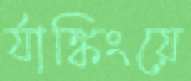
র‍্যাঙ্কিংয়ে